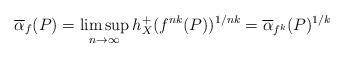
LaTeX: \begin{align*}\overline{\alpha}_{f}(P)=\limsup_{n\to \infty}h_{X}^{+}(f^{nk}(P))^{1/nk}=\overline{\alpha}_{f^{k}}(P)^{1/k}\end{align*}